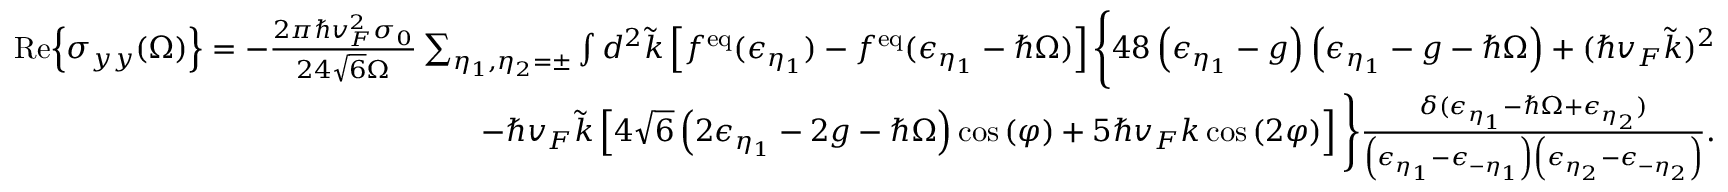
\begin{array} { r l r } & { } & { \mathrm { R e } { \left\{ \sigma _ { y y } ( \Omega ) \right\} } = - \frac { 2 \pi \hbar v _ { F } ^ { 2 } \sigma _ { 0 } } { 2 4 \sqrt { 6 } \Omega } \sum _ { \eta _ { 1 } , \eta _ { 2 } = \pm } \int d ^ { 2 } \tilde { k } \left[ f ^ { \mathrm { e q } } ( \epsilon _ { \eta _ { 1 } } ) - f ^ { \mathrm { e q } } ( \epsilon _ { \eta _ { 1 } } - \hbar \Omega ) \right] \Bigg \{ 4 8 \left( \epsilon _ { \eta _ { 1 } } - g \right) \left( \epsilon _ { \eta _ { 1 } } - g - \hbar \Omega \right) + ( \hbar v _ { F } \tilde { k } ) ^ { 2 } } \\ & { } & { - \hbar v _ { F } \tilde { k } \left[ 4 \sqrt { 6 } \left( 2 \epsilon _ { \eta _ { 1 } } - 2 g - \hbar \Omega \right) \cos { ( \varphi ) } + 5 \hbar v _ { F } k \cos { ( 2 \varphi ) } \right] \Bigg \} \frac { \delta ( \epsilon _ { \eta _ { 1 } } - \hbar \Omega + \epsilon _ { \eta _ { 2 } } ) } { \left( \epsilon _ { \eta _ { 1 } } - \epsilon _ { - \eta _ { 1 } } \right) \left( \epsilon _ { \eta _ { 2 } } - \epsilon _ { - \eta _ { 2 } } \right) } . } \end{array}